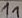
Text: 11